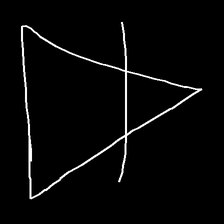
Glyph: empower